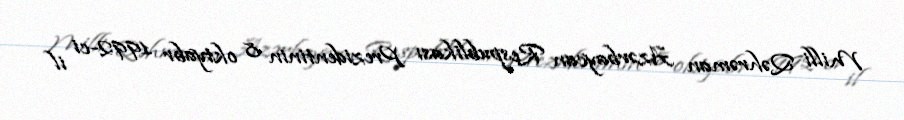
Milli Qəhrəman Azərbaycan Respublikası Prezidentinin 8 oktyabr 1992-ci il